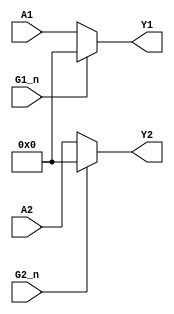
// 74LS244 (NONE negated outputs)
// Octal Buffers and Line Drivers With 3-State Outputs
// Documentation: https://www.ti.com/lit/ds/symlink/sn74ls244.pdf
//                https://pdf1.alldatasheet.com/datasheet-pdf/view/51057/FAIRCHILD/74244.html

/*
This device is organized as two 4-bit buffers and drivers with separate output-enable (G) inputs. 
* When G is low, the device passes data from the A inputs to the Y outputs.
* When G is high, the outputs are in the high impedance state.
*/

module TTL_74244( 
               input wire [3:0] A1,   // Data inputs (1A1-1A4)  
               input wire G1_n,       // Output Enable for A1->Y1 (active low)
               output wire [3:0] Y1,  // Data outputs (1Y1-1Y4) <= (1A1-1A4)


               input wire [3:0] A2,   // Data inputs (2A1-2A4)
               input wire G2_n,       // Output Enable (active low)               
               output wire [3:0] Y2   // Data inputs  (2Y1-2Y4) <= (2A1-2A4)
);

assign Y1 = G1_n ? 4'b0 : A1; // If G1_n is high, output is high-impedance
assign Y2 = G2_n ? 4'b0 : A2; // If G2_n is high, output is high-impedance 



endmodule